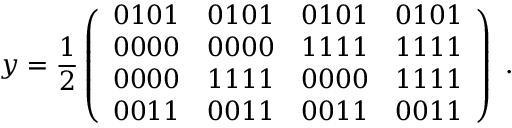
y = \frac { 1 } { 2 } \left( \begin{array} { c c c c } { { 0 1 0 1 } } & { { 0 1 0 1 } } & { { 0 1 0 1 } } & { { 0 1 0 1 } } \\ { { 0 0 0 0 } } & { { 0 0 0 0 } } & { { 1 1 1 1 } } & { { 1 1 1 1 } } \\ { { 0 0 0 0 } } & { { 1 1 1 1 } } & { { 0 0 0 0 } } & { { 1 1 1 1 } } \\ { { 0 0 1 1 } } & { { 0 0 1 1 } } & { { 0 0 1 1 } } & { { 0 0 1 1 } } \end{array} \right) \ .